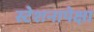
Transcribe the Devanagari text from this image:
स्टेशनापेक्षा